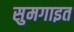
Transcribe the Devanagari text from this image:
सुमगाइत